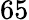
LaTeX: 65